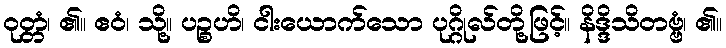
ဝုတ္တံ၊ ၏။ ဧဝံ၊ သို့။ ပဉ္စဟိ၊ ငါးယောက်သော ပုဂ္ဂိုလ်တို့ဖြင့်။ နိဒ္ဒိသိတဗ္ဗံ၊ ၏။